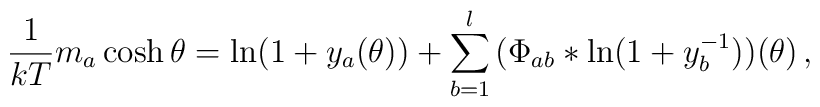
\frac{1}{kT} m_a \cosh \theta = \ln(1+y_a (\theta)) +  \sum_{b=1}^l \, \bigl( \Phi_{ab} * \ln (1+y^{-1}_b)  \bigr) (\theta) \,,